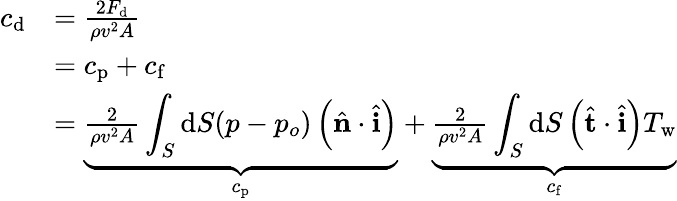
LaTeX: {\begin{array}{rl}{c_{\mathrm{d}}}&{={\frac{2F_{\mathrm{d}}}{\rho v^{2}A}}}\\ &{=c_{\mathrm{p}}+c_{\mathrm{f}}}\\ &{=\underbrace{{\frac{2}{\rho v^{2}A}}\displaystyle\int_{S}\mathrm{d}S(p-p_{o})\left({\hat{\mathbf{n}}}\cdot{\hat{\mathbf{i}}}\right)}_{c_{\mathrm{p}}}+\underbrace{{\frac{2}{\rho v^{2}A}}\displaystyle\int_{S}\mathrm{d}S\left({\hat{\mathbf{t}}}\cdot{\hat{\mathbf{i}}}\right)T_{\mathrm{{w}}}}_{c_{\mathrm{f}}}}\end{array}}